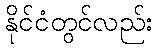
နိုင်ငံတွင်လည်း